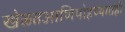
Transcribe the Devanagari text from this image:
खेळतआणिपोहण्यातही